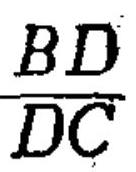
\frac{BD}{DC}